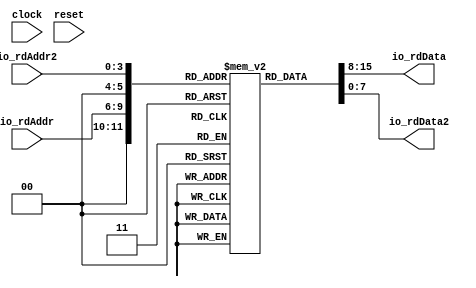
module SimpleCMemMRROM(
  input        clock,
  input        reset,
  input  [3:0] io_rdAddr,
  output [7:0] io_rdData,
  input  [3:0] io_rdAddr2,
  output [7:0] io_rdData2
);
`ifdef RANDOMIZE_MEM_INIT
  reg [31:0] _RAND_0;
`endif // RANDOMIZE_MEM_INIT
  reg [7:0] mem [0:63]; // @[SimpleCMemMRROM.scala 18:24]
  wire  mem__T_15_en; // @[SimpleCMemMRROM.scala 18:24]
  wire [5:0] mem__T_15_addr; // @[SimpleCMemMRROM.scala 18:24]
  wire [7:0] mem__T_15_data; // @[SimpleCMemMRROM.scala 18:24]
  wire  mem__T_16_en; // @[SimpleCMemMRROM.scala 18:24]
  wire [5:0] mem__T_16_addr; // @[SimpleCMemMRROM.scala 18:24]
  wire [7:0] mem__T_16_data; // @[SimpleCMemMRROM.scala 18:24]
  assign mem__T_15_en = 1'h1;
  assign mem__T_15_addr = {{2'd0}, io_rdAddr};
  assign mem__T_15_data = mem[mem__T_15_addr]; // @[SimpleCMemMRROM.scala 18:24]
  assign mem__T_16_en = 1'h1;
  assign mem__T_16_addr = {{2'd0}, io_rdAddr2};
  assign mem__T_16_data = mem[mem__T_16_addr]; // @[SimpleCMemMRROM.scala 18:24]
  assign io_rdData = mem__T_15_data; // @[SimpleCMemMRROM.scala 46:13]
  assign io_rdData2 = mem__T_16_data; // @[SimpleCMemMRROM.scala 47:14]
// Register and memory initialization
`ifdef RANDOMIZE_GARBAGE_ASSIGN
`define RANDOMIZE
`endif
`ifdef RANDOMIZE_INVALID_ASSIGN
`define RANDOMIZE
`endif
`ifdef RANDOMIZE_REG_INIT
`define RANDOMIZE
`endif
`ifdef RANDOMIZE_MEM_INIT
`define RANDOMIZE
`endif
`ifndef RANDOM
`define RANDOM $random
`endif
`ifdef RANDOMIZE_MEM_INIT
  integer initvar;
`endif
`ifndef SYNTHESIS
`ifdef FIRRTL_BEFORE_INITIAL
`FIRRTL_BEFORE_INITIAL
`endif
initial begin
  `ifdef RANDOMIZE
    `ifdef INIT_RANDOM
      `INIT_RANDOM
    `endif
    `ifndef VERILATOR
      `ifdef RANDOMIZE_DELAY
        #`RANDOMIZE_DELAY begin end
      `else
        #0.002 begin end
      `endif
    `endif
`ifdef RANDOMIZE_MEM_INIT
  _RAND_0 = {1{`RANDOM}};
  for (initvar = 0; initvar < 64; initvar = initvar+1)
    mem[initvar] = _RAND_0[7:0];
`endif // RANDOMIZE_MEM_INIT
  `endif // RANDOMIZE
end // initial
`ifdef FIRRTL_AFTER_INITIAL
`FIRRTL_AFTER_INITIAL
`endif
`endif // SYNTHESIS
endmodule